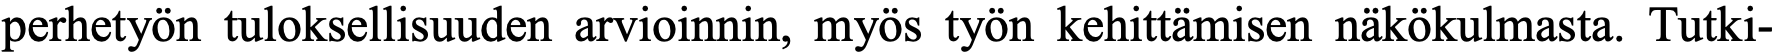
perhetyön tuloksellisuuden arvioinnin, myös työn kehittämisen näkökulmasta. Tutki-